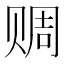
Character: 赒